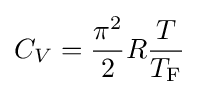
C_{V}={\frac {\pi ^{2}}{2}}R{\frac {T}{T_{\text{F}}}}